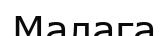
Малага